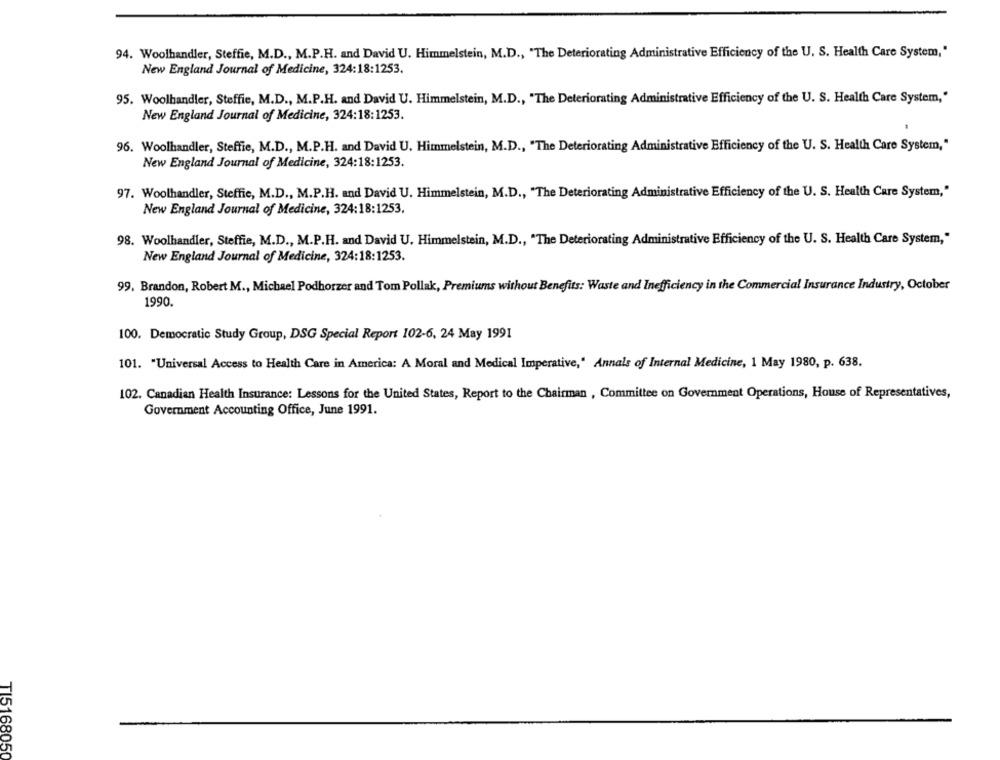
94. Woolhandler, Steffie, M.D ., M.P.H. and David U. Himmelstein, M.D ., "The Deteriorating Administrative Efficiency of the U. S. Health Care System,"
New England Journal of Medicine, 324:18:1253.
95. Woolhandler, Steffie, M.D ., M.P.H. and David U. Himmelstein, M.D ., "The Deteriorating Administrative Efficiency of the U. S. Health Care System,"
New England Journal of Medicine, 324:18:1253.
96. Woolhandler, Steffie, M.D ., M.P.H. and David U. Himmelstein, M.D ., "The Deteriorating Administrative Efficiency of the U. S. Health Care System,"
New England Journal of Medicine, 324:18:1253.
97. Woolhandler, Steffie, M.D ., M.P.H. and David U. Himmelstein, M.D ., "The Deteriorating Administrative Efficiency of the U. S. Health Care System,"
New England Journal of Medicine, 324:18:1253.
98. Woolhandler, Steffie, M.D ., M.P.H. and David U. Himmelstein, M.D ., "The Deteriorating Administrative Efficiency of the U. S. Health Care System,"
New England Journal of Medicine, 324:18:1253.
99. Brandon, Robert M ., Michael Podhorzer and Tom Pollak, Premiums without Benefits: Waste and Inefficiency in the Commercial Insurance Industry, October
1990.
100. Democratic Study Group, DSG Special Report 102-6, 24 May 1991
101. "Universal Access to Health Care in America: A Moral and Medical Imperative," Annals of Internal Medicine, 1 May 1980, p. 638.
102. Canadian Health Insurance: Lessons for the United States, Report to the Chairman , Committee on Government Operations, House of Representatives,
Government Accounting Office, June 1991.
T1516805